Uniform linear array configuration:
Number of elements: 8
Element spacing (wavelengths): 1
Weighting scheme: blackman
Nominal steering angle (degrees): -30
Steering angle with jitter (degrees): -31.515
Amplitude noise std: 0.05
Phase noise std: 0.05

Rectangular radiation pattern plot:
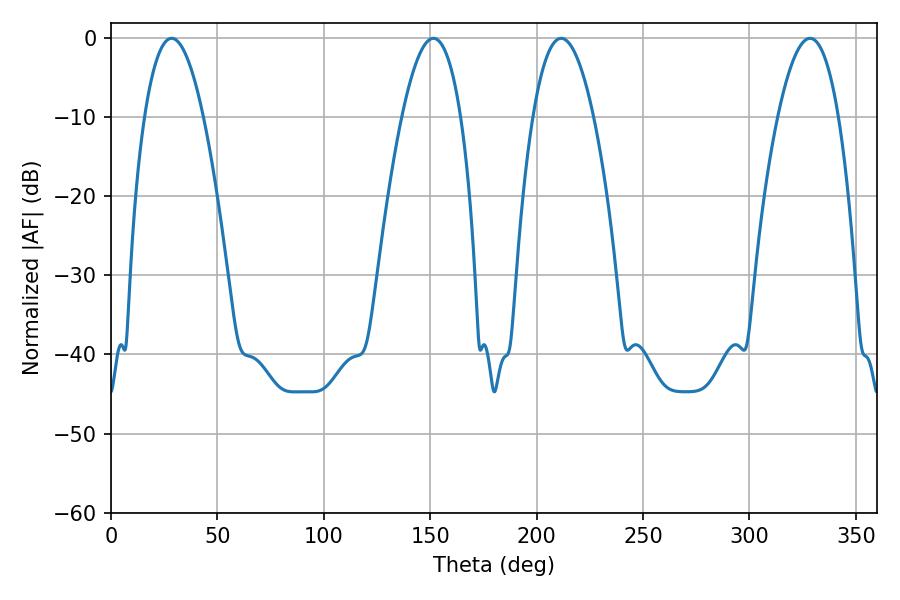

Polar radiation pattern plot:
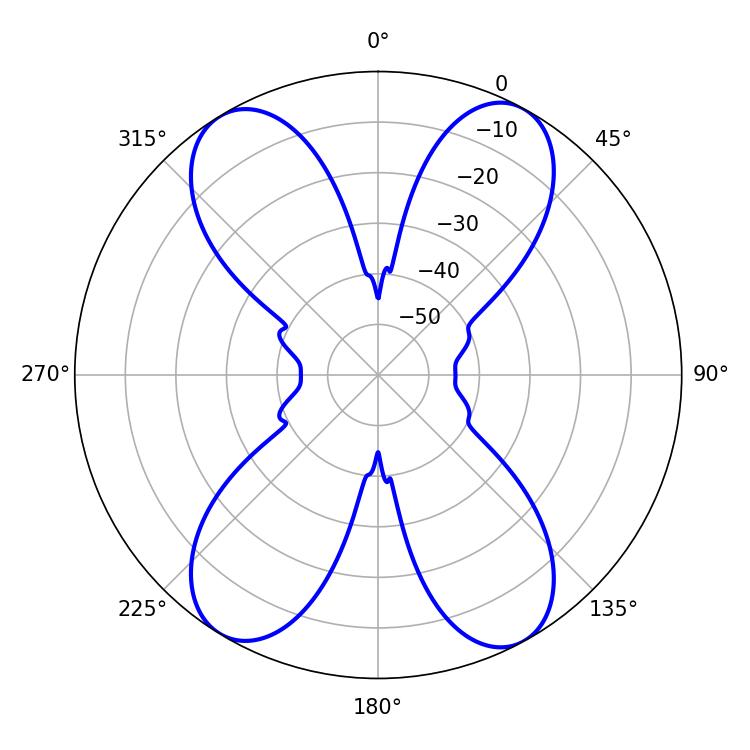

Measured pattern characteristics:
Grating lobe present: TRUE
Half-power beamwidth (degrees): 15.84
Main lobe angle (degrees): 211.5